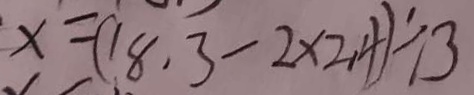
x = ( 1 8 . 3 - 2 \times 2 . 4 ) \div 3